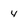
Character: Y